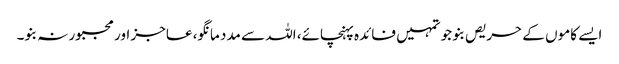
ایسے کاموں کے حریص بنو جو تمہیں فائدہ پہنچائے، اللہ سے مدد مانگو، عاجز اور مجبور نہ بنو۔